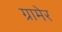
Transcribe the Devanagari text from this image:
ग्रामेर